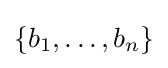
\{b_{1},\ldots ,b_{n}\}